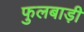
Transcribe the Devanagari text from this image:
फुलबाड़ी